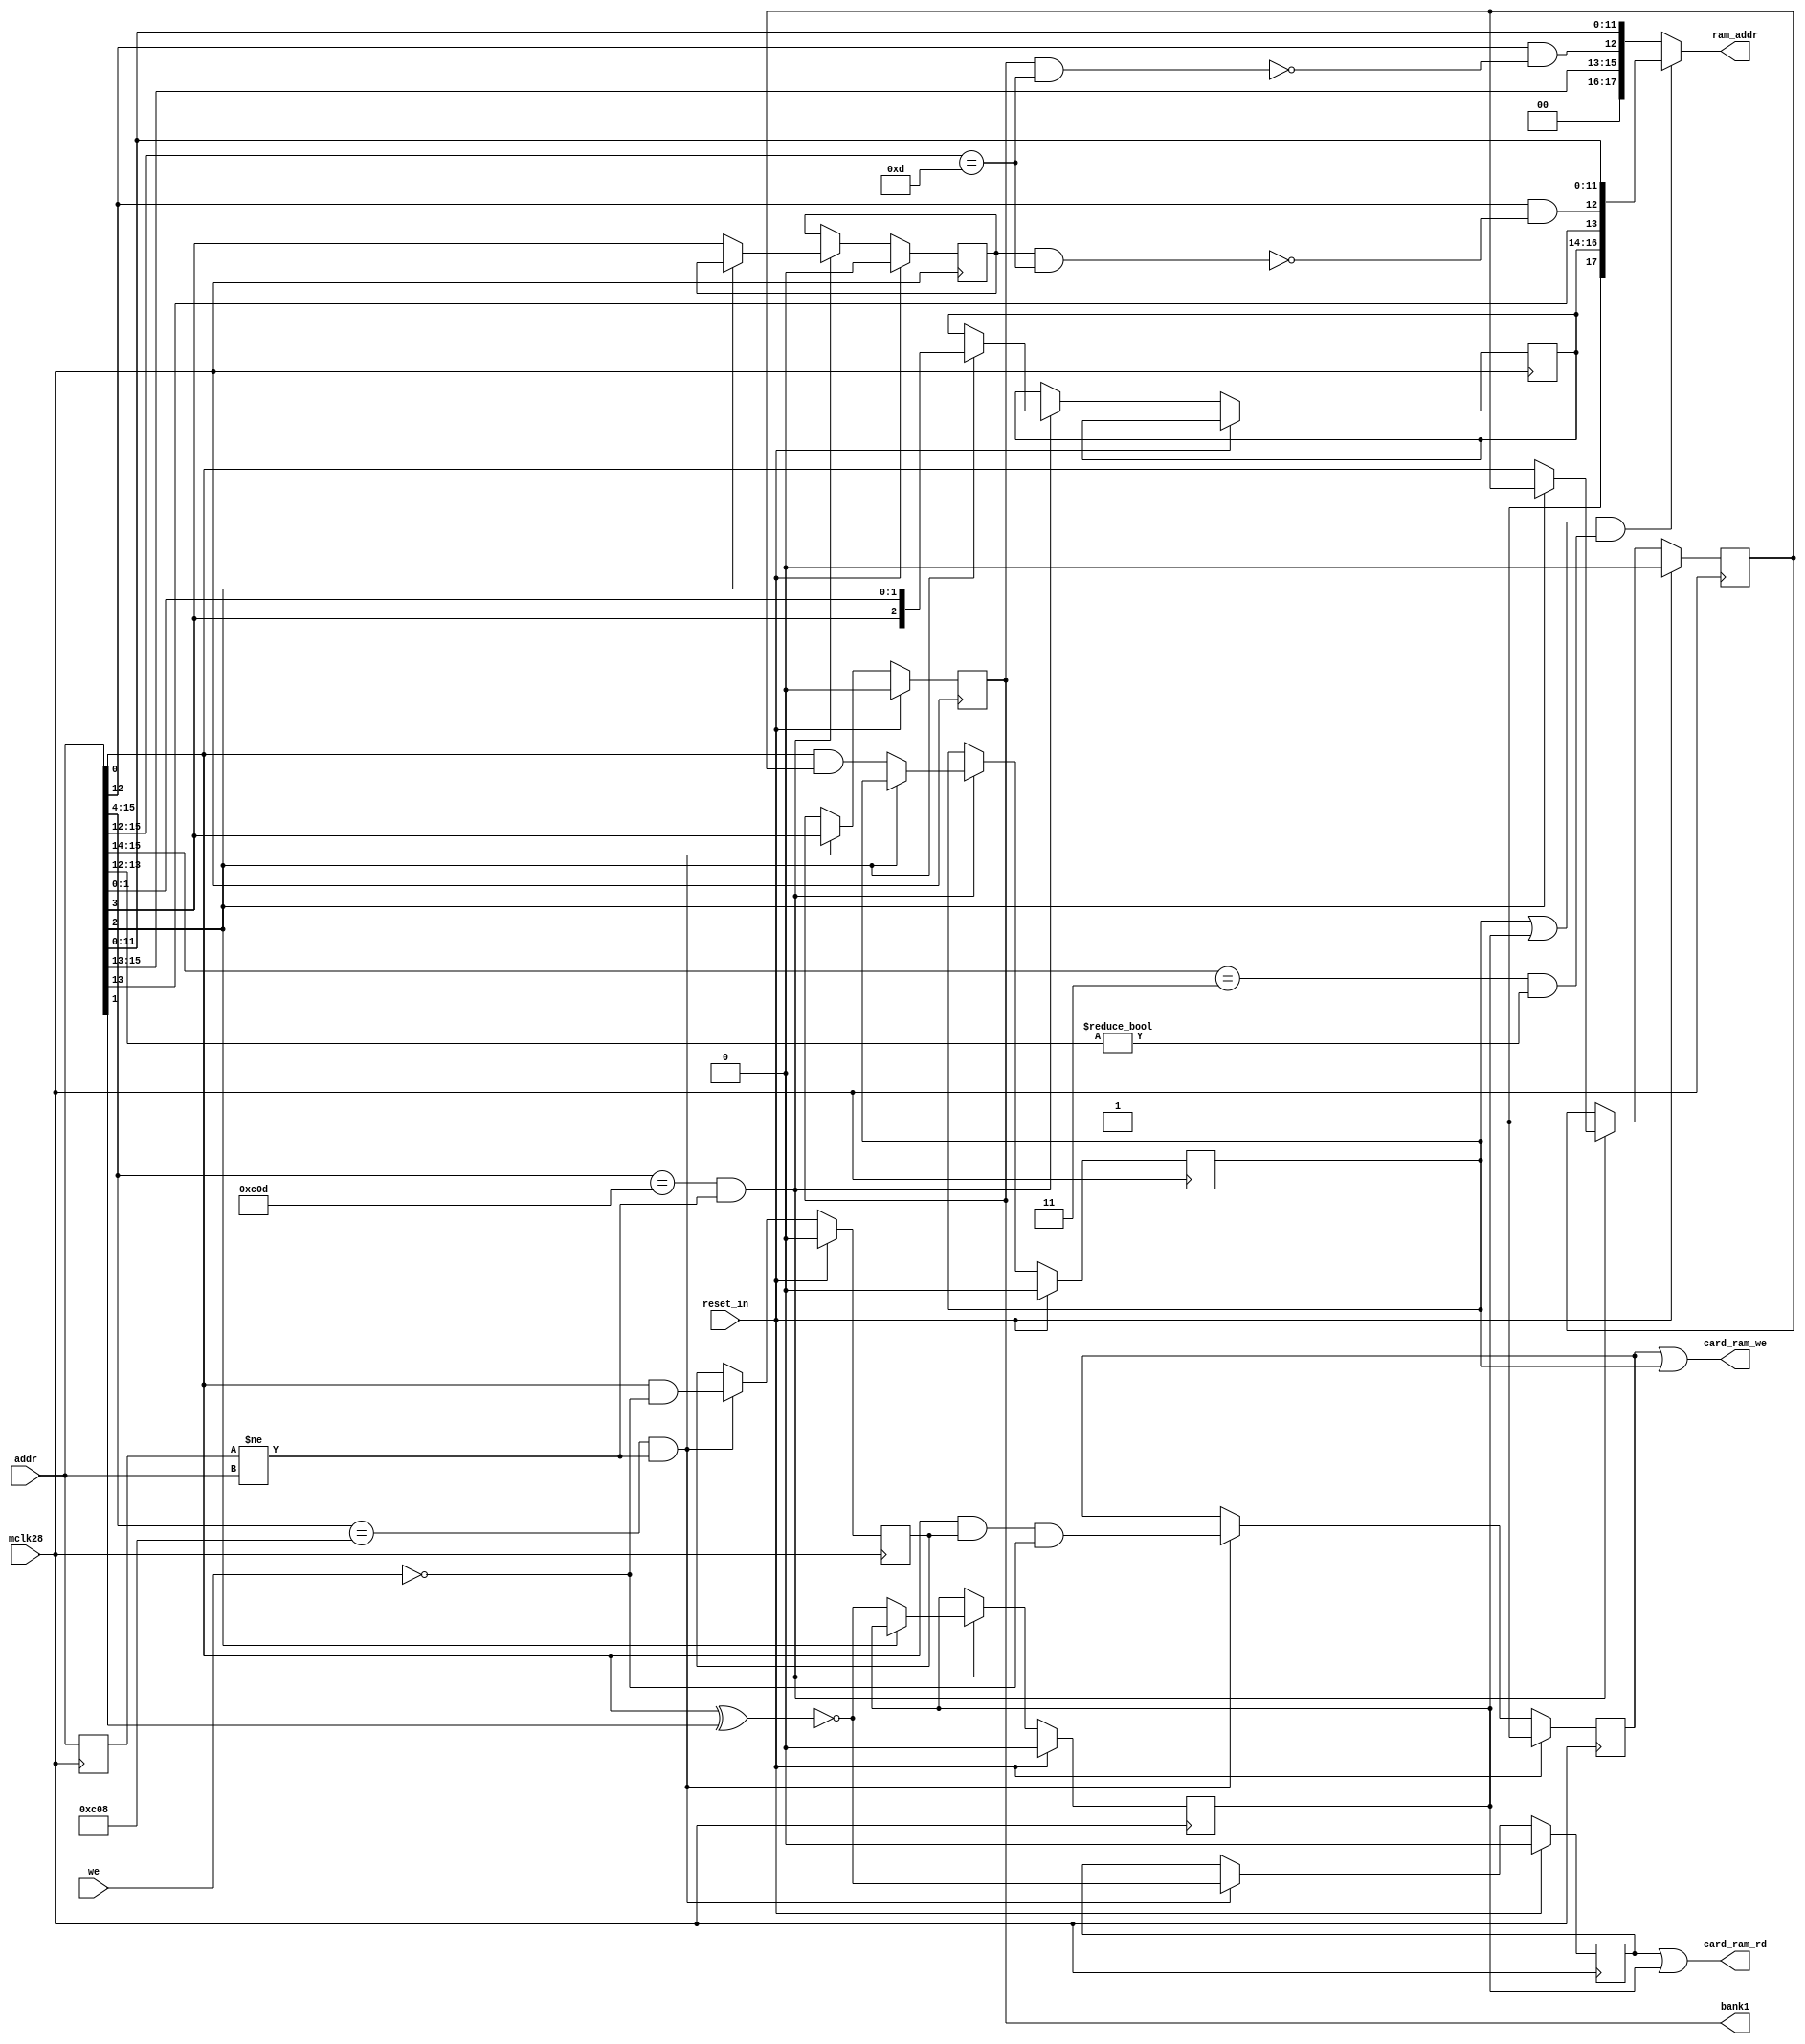
module ramcard(mclk28,reset_in,addr,ram_addr, we, card_ram_we,card_ram_rd, bank1);
  input mclk28;
  input reset_in;
  input [15:0] addr;
  output [17:0] ram_addr;
  input we;
  output card_ram_we;
  output card_ram_rd;
  output bank1;
  
  reg bank1, read_en, write_en, pre_wr_en, bankB, sat_read_en, sat_write_en, sat_pre_wr_en, sat_en;
  reg [2:0] bank16k;
  reg [15:0] addr2;
  wire Dxxx,DEF;
  
  always @(posedge mclk28) begin
    addr2 <= addr;
    if(reset_in) begin
      bank1 <= 0;
      read_en <= 0;
      write_en <= 1;
      pre_wr_en <= 0;
      
      bankB <= 0;
      sat_read_en <= 0;
      sat_write_en <= 0;
      sat_pre_wr_en <= 0;
    end 
    else 
    begin
      if((addr[15:4] == 'hC08) & (addr2 != addr)) begin
        // Looks like a Language Card in slot 0
        bank1 <= addr[3];
        pre_wr_en <= addr[0] & ~we;
        write_en <= addr[0] & pre_wr_en & ~we;
        read_en <= ~(addr[0] ^ addr[1]);
      end
      if((addr[15:4] == 'hC0D) & (addr2 != addr)) begin
        // Looks like Saturn128 Card in slot 5
        if(addr[2] == 0) begin
          // State selection
          bankB <= addr[3];
          sat_pre_wr_en <= addr[0];
          sat_write_en <= addr[0] & sat_pre_wr_en;
          sat_read_en <= ~(addr[0] ^ addr[1]);
        end
        else
        begin
          // 16K bank selection
          bank16k <= {addr[3], addr[1], addr[0]};
        end
      end
    end
  end
  
  assign Dxxx = (addr[15:12] == 4'b1101);
  assign DEF  = ((addr[15:14] == 2'b11) & (addr[13:12] != 2'b00));
  assign ram_addr = ((sat_write_en || sat_read_en) && DEF)?{1'b1, bank16k, addr[13], addr[12] & ~(bankB & Dxxx), addr[11:0]}:{2'b0,addr[15:13], addr[12] & ~(bank1 & Dxxx), addr[11:0]};
  assign card_ram_we = (write_en | sat_write_en);
  assign card_ram_rd = (read_en | sat_read_en);

endmodule